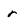
Character: r